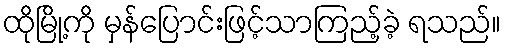
ထိုမြို့ကို မှန်ပြောင်းဖြင့်သာကြည့်ခဲ့ ရသည်။